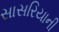
સાસરિયાની